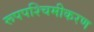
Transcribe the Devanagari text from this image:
रूपपश्चिमीकरण